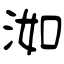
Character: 洳